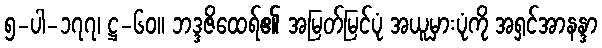
၅-ပါ-၁၇၇၊ ဋ္ဌ-၆၀။ ဘဒ္ဒဇိထေရ်၏ အမြတ်မြင်ပုံ အယူမှားပုံကို အရှင်အာနန္ဒာ